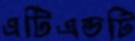
এটিএন্ডটি